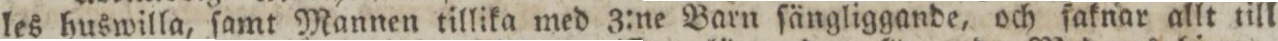
les huswilla, ſamt Mannen tillika med 3:ne Barn ſängliggande, och ſaknar allt till